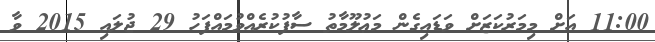
11:00 އަށް މިމަރުކަޒަށް ވަޑައިގެން މަޢުލޫމާތު ސާފުކުރެއްވުމައްފަހު 29 ޖުލައި 2015 ވާ